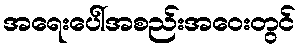
အရေးပေါ်အစည်းအဝေးတွင်